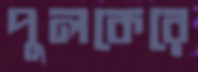
পুলকেরে